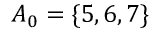
A _ { 0 } = \{ 5 , 6 , 7 \}